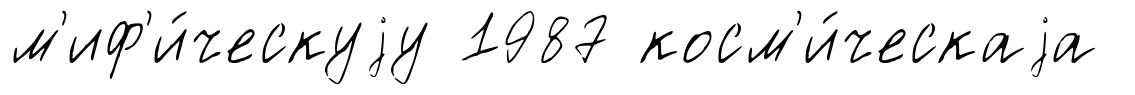
м'иф'и́ческуjу 1987 косм'и́ческаjа